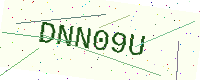
Text: DNN09U